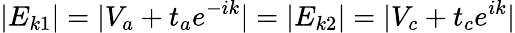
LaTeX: |E_{k1}|=|V_{a}+t_{a}e^{-ik}|=|E_{k2}|=|V_{c}+t_{c}e^{ik}|